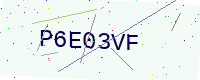
Text: P6E03VF